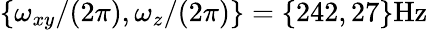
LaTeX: \{ \omega_{xy}/(2\pi),\omega_{z}/(2\pi)\} =\{ 242,27\} \mathrm{Hz}